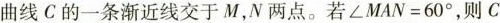
曲线C的一条渐近线交于M，N两点。若$$\angle MAN=60^{\circ}$$，则C